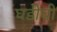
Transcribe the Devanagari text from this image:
घडीची